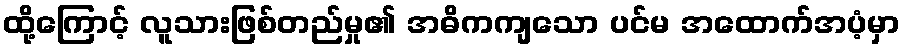
ထို့ကြောင့် လူသားဖြစ်တည်မှု၏ အဓိကကျသော ပင်မ အထောက်အပံ့မှာ